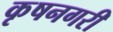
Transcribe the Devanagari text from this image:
कृषनगरी